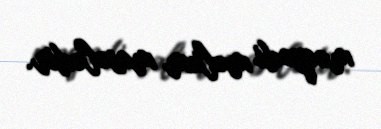
məqsədi məlum məsələdir.